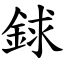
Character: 銶